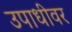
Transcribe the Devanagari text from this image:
उपाधीवर